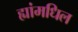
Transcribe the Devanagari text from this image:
ह्यांमधिल